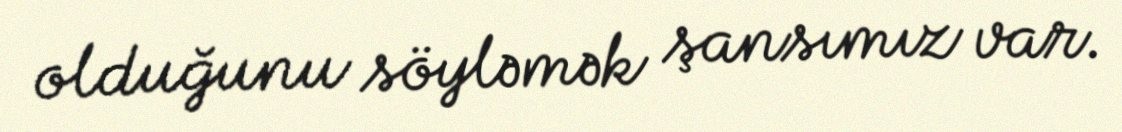
olduğunu söyləmək şansımız var.